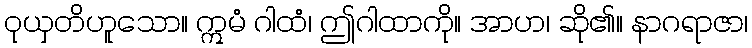
ဝုယှတိဟူသော။ ဣမံ ဂါထံ၊ ဤဂါထာကို။ အာဟ၊ ဆို၏။ နာဂရာဇာ၊